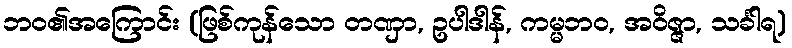
ဘဝ၏အကြောင်း (ဖြစ်ကုန်သော တဏှာ, ဥပါဒါန်, ကမ္မဘဝ, အဝိဇ္ဇာ, သင်္ခါရ)